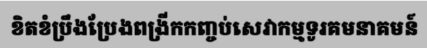
ខិតខំប្រឹងប្រែងពង្រីកកញ្ចប់សេវាកម្មទូរគមនាគមន៍